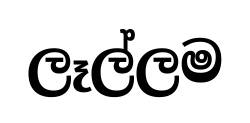
ලෑල්ලම